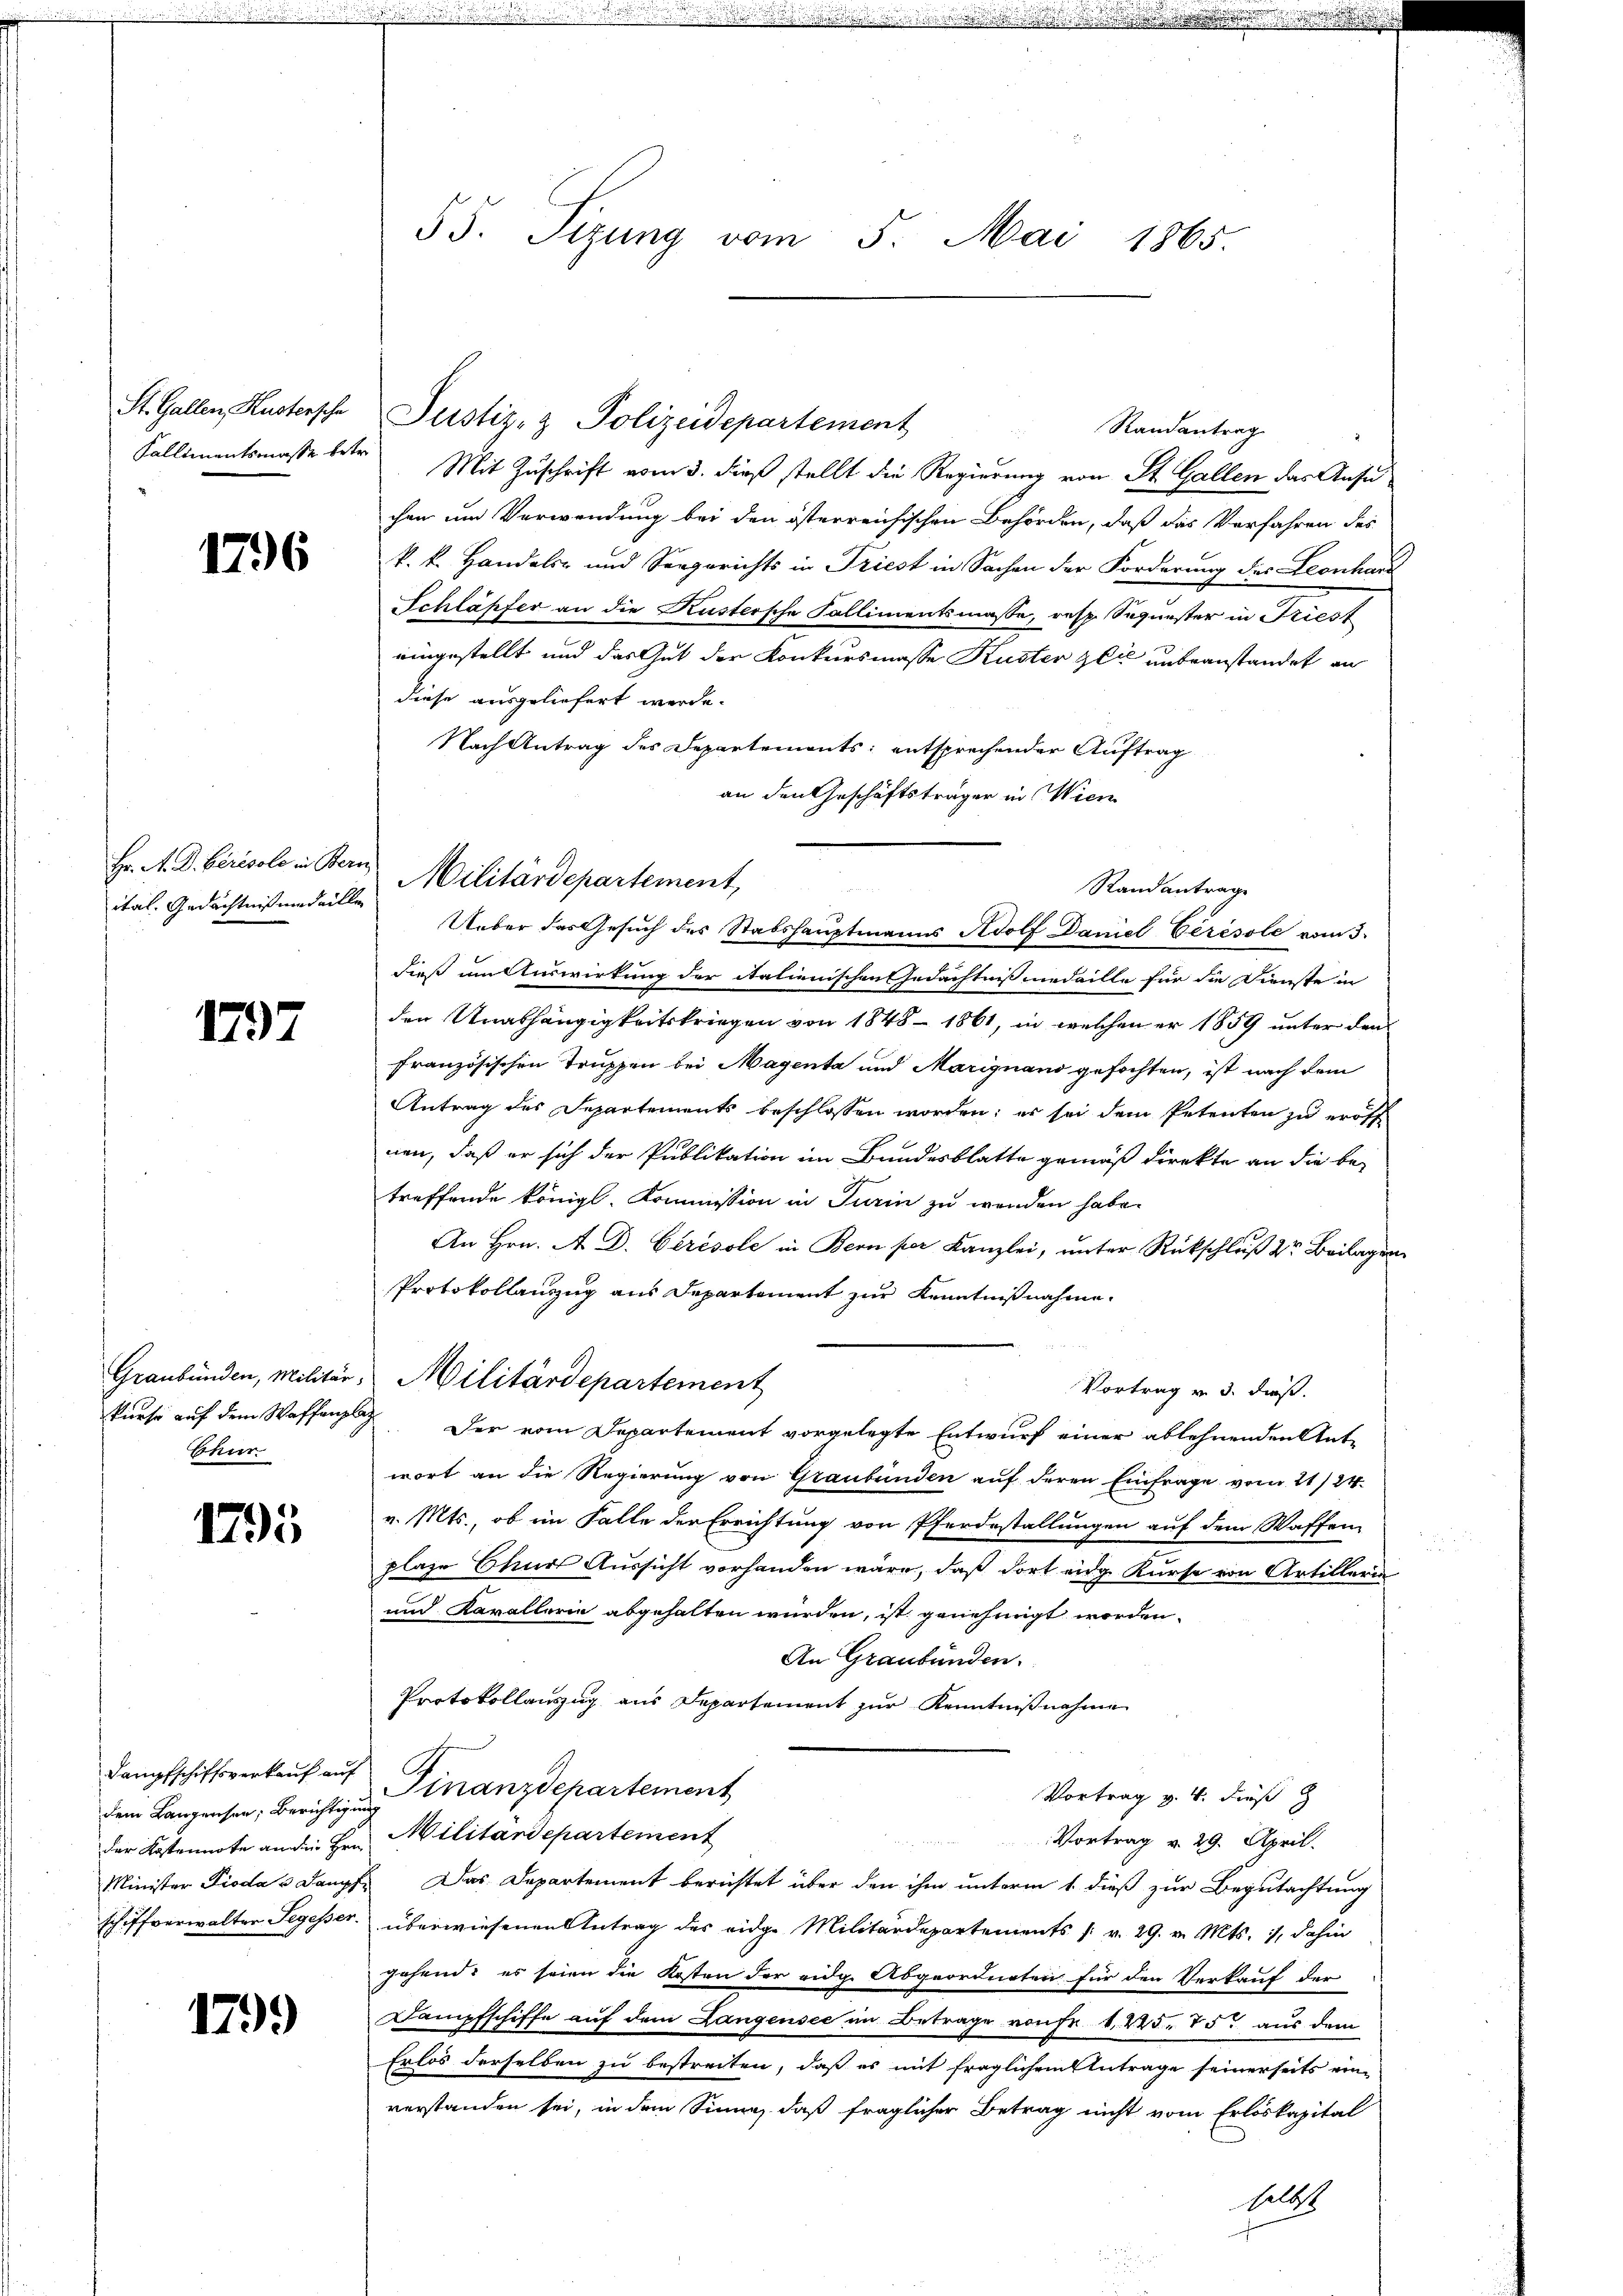
St. Gallen Kustersche

1796

ital. Gedächtniß und allen

1797

Graubünden, Militär,
kurse auf dem Waffenplaz
Chur

1795

Dampfschiffsverkauf auf
dem Langensen, Berichtigung
der Kostennote an die Hrn.
Minister Pioda u Dampf
schiffverwalter Segesser.

1799

55. Sizung vom 5. Mai 1865.

Sallimentsmasse betr. Mit Zuschrift vom 3. dieß stellt die Regierung von St. Gallen das Ansuchen um Verwendung bei den österreichischen Behörden, daß das Verfahren des
k. k. Handels- und Seegerichts in Triest in Sachen der Forderung des Leonhar
Schläpfer an die Küstersche Fallimentsmasse, resp. Sequester in Friest
eingestellt und das Gut der Konkursmasse Kuster get unbeanstandet an
diese ausgeliefert werde.
Nach Antrag des Departements: entsprechender Auftrag
an den Geschäftsträger in Wien
Hr. A. D. berisolo in Bern Militärdepartement,
Randantrage

Justiz- & Polizeidepartement

Ueber des Gesuch des Stabshauptmanns Adolf Daniel Ceresole vom 3.
dieß am Auswirkung der italienischen Gedächtnismedaille für die Dienste in
den Unabhängigkeitskriegen von 1848 - 1861, in welchen er 1859 unter den
französischen Truppen bei Magenta und Marignano gefochten, ist nach dem
Antrag des Separtements beschlossen worden; es sei dem Petenten zu eröff
nen, daß er sich der Publikation im Bundesblatte gemäß direkte an die betreffende königl. Kommission in Turin zu werden habe.
An Hrn. A. D. Cerésole in Bern per Kanzlei, unter Rückschluß dr Beilagen
Protokollauszug aus Departement zur Kenntnißnahme
Vortrag v. 3. dieß.
Der vom Departement vorgelegte Entwurf einer ablehnenden Antwort an die Regierung von Graubünden auf deren Einfrage vom 21/24.
v. Mts., ob im Falle der Errichtung von Pferdestallungen auf dem Waffen
plaze Chur Aussicht vorhanden wäre, daß dort eidg. Kurse von Artillerin
und Kavallerie abgehalten würden, ist genehmigt worden.
An Graubünden.
Protokollauszug aus Departement zur Kenntnißnahme
Finanzdepartement
Vortrag v. 4. dieß
Militärdepartement
2
Vortrag v. 29. April.
Das Departement berichtet über den ihm unterm 1. dieß zur Begutachtung
überwiesenen Antrag des eidge Militärdepartements s. v. 29. v. Mts. 1, dahin
gehend: es seien die Kosten der eidg. Abgeordneten für den Verkauf der
Dampfschiffe auf dem Langensee im Betrage von Fr. 1. 245. 75. aus dem
Erlos derselben zu bestreiten, daß es mit fraglichem Antrage seinerseits ein-
verstanden sei, in dem Sinne, daß fraglicher Betrag nicht vom Erlöskapital
Selbst

Militärdepartement

Randantrag